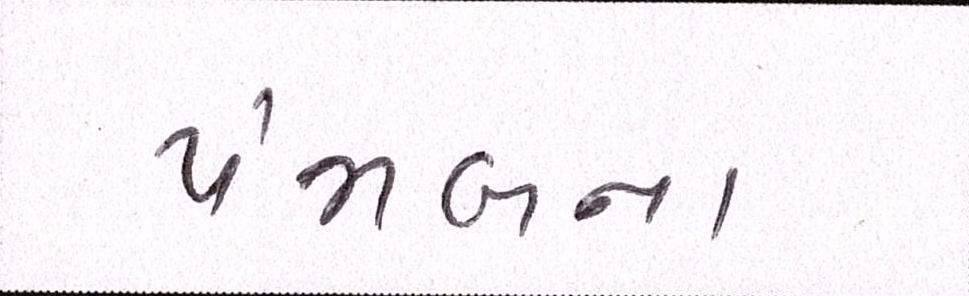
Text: પંજાબના